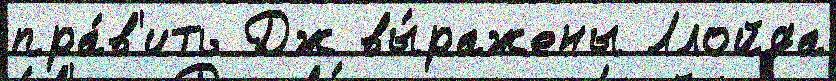
пра́в'ить Дж вы́ражены Ллойда